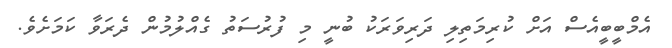
އެމްބީބީއެސް އަށް ކުރިމަތިލި ދަރިވަރަކު ބުނީ މި ފުރުސަތު ގެއްލުމުން ދެރަވާ ކަަމަށެވެ.